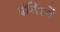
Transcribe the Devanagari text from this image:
इंगितों